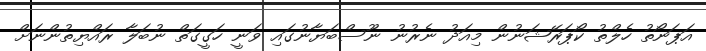
އަޕަނޯތު ހެލްތު ކޯޕަރޭޝަނުން މިއަދު ނެރުނު ނޫސްބަޔާނުގައި ވަނީ ހަގީގަތް ނުބަލާ ރައްޔިތުންނަށް